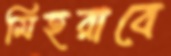
মিহরাবে